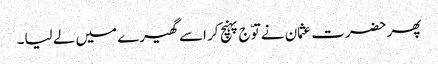
پھر حضرت عثمان نے توّج پہنچ کر اسے گھیرے میں لے لیا۔